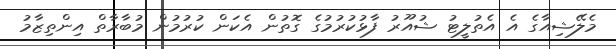
މެލޭޝިއާގެ އެ އެތުލީޓު ޝުއޫރު ފާޅުކުރުމުގެ ގޮތުން އެކަން ކުރުމުން މުބާރާތް އިންތިޒާމު